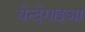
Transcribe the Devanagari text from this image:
येन्देगाइआ